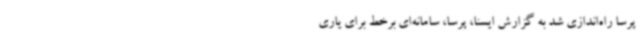
پرسا راه‌اندازی شد به گزارش ایسنا، پرسا، سامانه‌ای برخط برای یاری